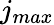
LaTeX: j_{max}